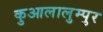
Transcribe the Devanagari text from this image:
कुआलालुम्पुर